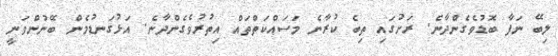
ލިބޭ ނަފާ ބޮޑުވެގެންދާނެ. ރަށުގައި ތިބެ ކުރާނެ މަސައްކަތްތައް އިތުރުވެގެންދާނެ. އަޅުގަނޑުމެން ބޭނުންވަނީ